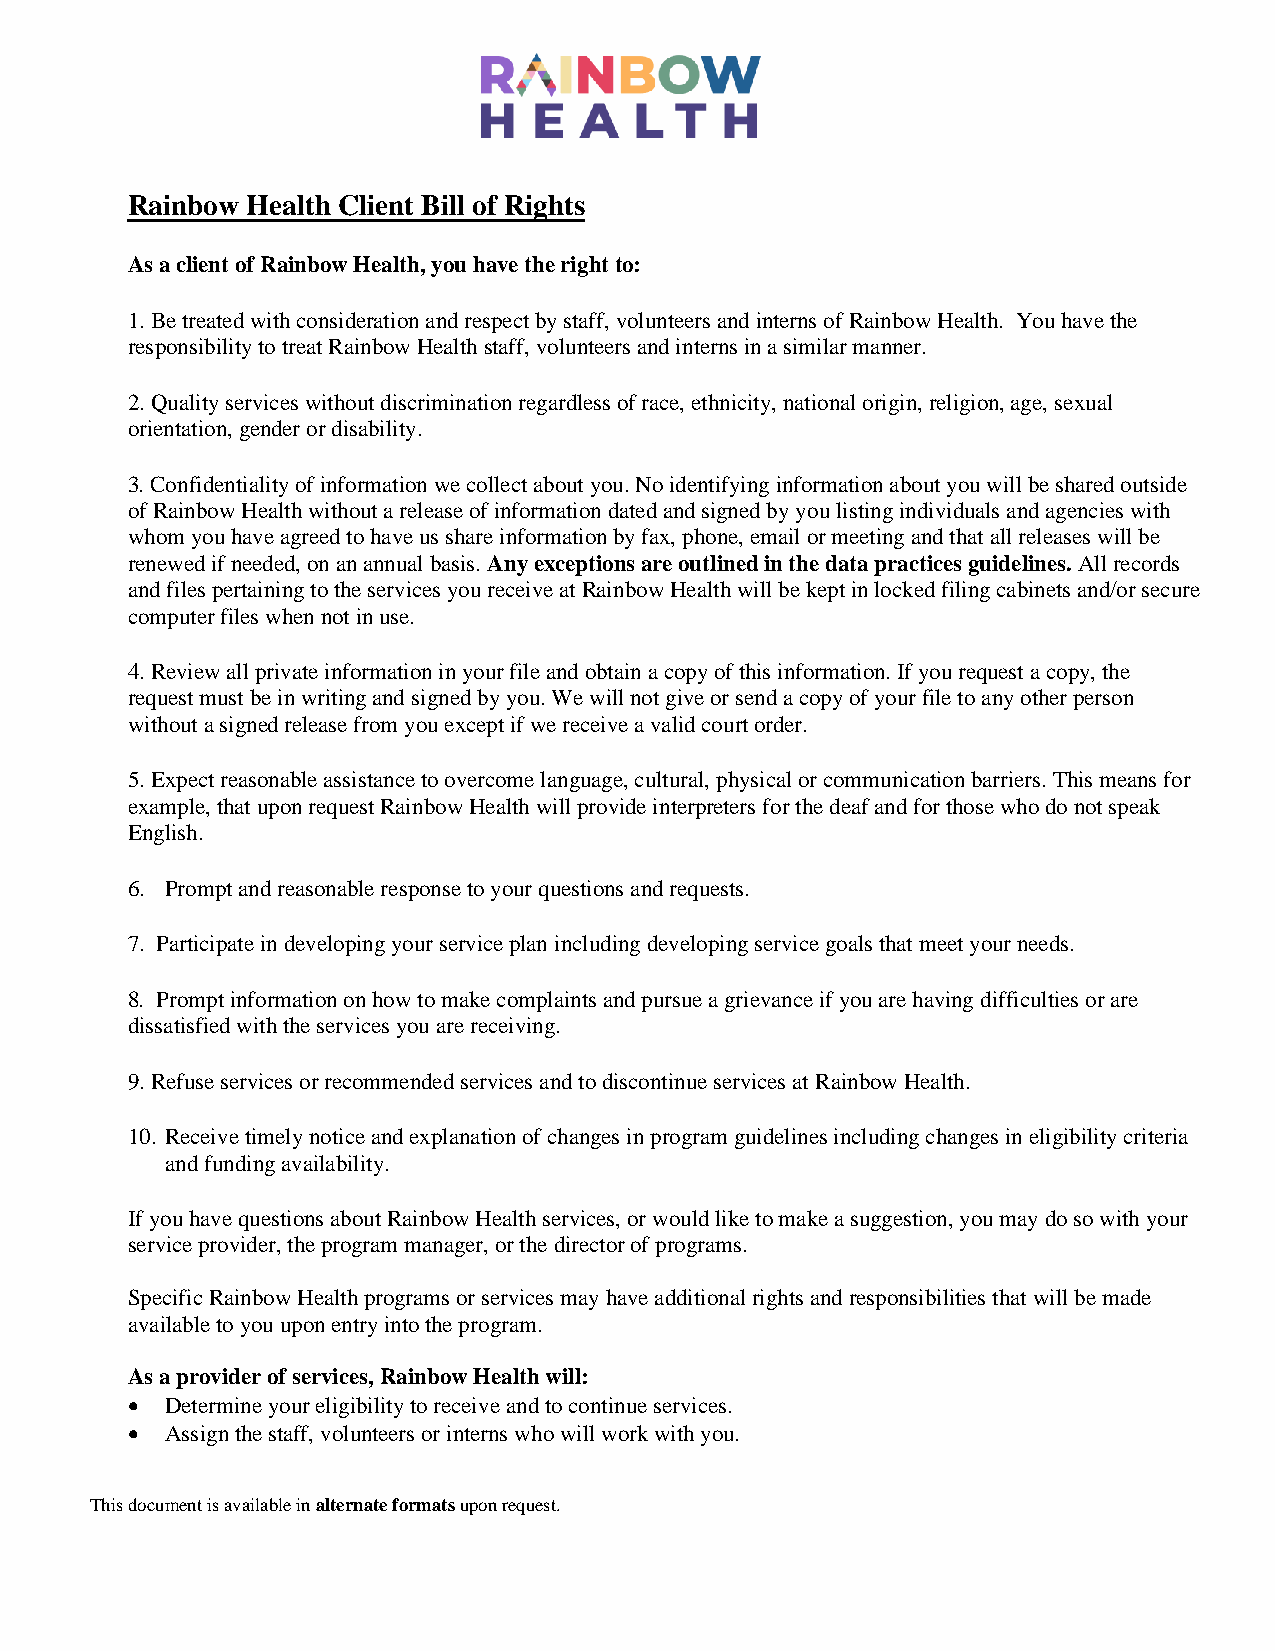
Rainbow Health Client Bill of Rights
 As a client of Rainbow Health, you have the right to:
 1. Be treated with consideration and respect by staff, volunteers and interns of Rainbow Health. You have the
 responsibility to treat Rainbow Health staff, volunteers and interns in a similar manner.
 2. Quality services without discrimination regardless of race, ethnicity, national origin, religion, age, sexual
 orientation, gender or disability.
 3. Confidentiality of information we collect about you. No identifying information about you will be shared outside
 of Rainbow Health without a release of information dated and signed by you listing individuals and agencies with
 whom you have agreed to have us share information by fax, phone, email or meeting and that all releases will be
 renewed if needed, on an annual basis. Any exceptions are outlined in the data practices guidelines. All records
 and files pertaining to the services you receive at Rainbow Health will be kept in locked filing cabinets and/or secure
 computer files when not in use.
 4. Review all private information in your file and obtain a copy of this information. If you request a copy, the
 request must be in writing and signed by you. We will not give or send a copy of your file to any other person
 without a signed release from you except if we receive a valid court order.
 5. Expect reasonable assistance to overcome language, cultural, physical or communication barriers. This means for
 example, that upon request Rainbow Health will provide interpreters for the deaf and for those who do not speak
 English.
 6. Prompt and reasonable response to your questions and requests.
 7. Participate in developing your service plan including developing service goals that meet your needs.
 8. Prompt information on how to make complaints and pursue a grievance if you are having difficulties or are
 dissatisfied with the services you are receiving.
 9. Refuse services or recommended services and to discontinue services at Rainbow Health.
 10. Receive timely notice and explanation of changes in program guidelines including changes in eligibility criteria
 and funding availability.
 If you have questions about Rainbow Health services, or would like to make a suggestion, you may do so with your
 service provider, the program manager, or the director of programs.
 Specific Rainbow Health programs or services may have additional rights and responsibilities that will be made
 available to you upon entry into the program.
 As a provider of services, Rainbow Health will:
 •  Determine your eligibility to receive and to continue services.
 •  Assign the staff, volunteers or interns who will work with you.
 This document is available in alternate formats upon request.